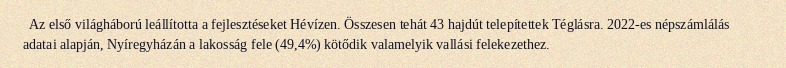
Az első világháború leállította a fejlesztéseket Hévízen. Összesen tehát 43 hajdút telepítettek Téglásra. 2022-es népszámlálás adatai alapján, Nyíregyházán a lakosság fele (49,4%) kötődik valamelyik vallási felekezethez.